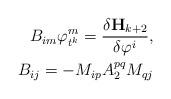
LaTeX: \begin{align*}B_{im}\varphi _{t^{k}}^{m}= \frac{\delta \mathbf{H}_{k+2}}{\delta \varphi ^{i}},\\B_{ij} = - M_{ip}A_{2}^{pq}M_{qj}\end{align*}